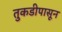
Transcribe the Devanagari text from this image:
तुकडीपासून